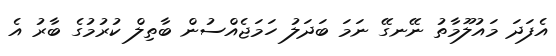
އެފަދަ މައުލޫމާތު ނޭނގޭ ނަމަ ބަދަލު ހަމަޖެއްސުން ބާތިލް ކުރުމުގެ ބާރު އެ